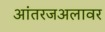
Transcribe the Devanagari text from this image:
आंतरजअलावर